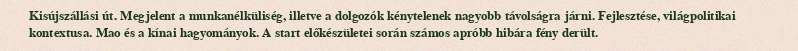
Kisújszállási út. Megjelent a munkanélküliség, illetve a dolgozók kénytelenek nagyobb távolságra járni. Fejlesztése, világpolitikai kontextusa. Mao és a kínai hagyományok. A start előkészületei során számos apróbb hibára fény derült.